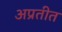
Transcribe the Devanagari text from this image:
अप्रतीत